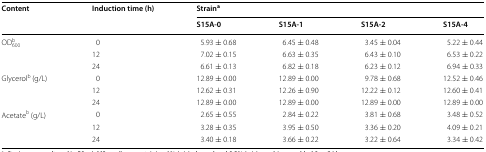
<table><thead><tr><td rowspan="2"><b>Content</b></td><td rowspan="2"><b>Induction time (h)</b></td><td colspan="4"><b>Strain<sup>a</sup></b></td></tr><tr><td><b>S15A-0</b></td><td><b>S15A-1</b></td><td><b>S15A-2</b></td><td><b>S15A-4</b></td></tr></thead><tbody><tr><td rowspan="3">OD<sub>600</sub><sup>b</sup></td><td>0</td><td>5.93 ± 0.68</td><td>6.45 ± 0.48</td><td>3.45 ± 0.04</td><td>5.22 ± 0.44</td></tr><tr><td>12</td><td>7.02 ± 0.15</td><td>6.63 ± 0.35</td><td>6.43 ± 0.10</td><td>6.53 ± 0.22</td></tr><tr><td>24</td><td>6.61 ± 0.13</td><td>6.82 ± 0.18</td><td>6.23 ± 0.12</td><td>6.94 ± 0.33</td></tr><tr><td rowspan="3">Glycerol<sup>b</sup> (g/L)</td><td>0</td><td>12.89 ± 0.00</td><td>12.89 ± 0.00</td><td>9.78 ± 0.68</td><td>12.52 ± 0.46</td></tr><tr><td>12</td><td>12.62 ± 0.31</td><td>12.26 ± 0.90</td><td>12.22 ± 0.12</td><td>12.60 ± 0.41</td></tr><tr><td>24</td><td>12.89 ± 0.00</td><td>12.89 ± 0.00</td><td>12.89 ± 0.00</td><td>12.89 ± 0.00</td></tr><tr><td rowspan="3">Acetate<sup>b</sup> (g/L)</td><td>0</td><td>2.65 ± 0.55</td><td>2.84 ± 0.22</td><td>3.81 ± 0.68</td><td>3.48 ± 0.52</td></tr><tr><td>12</td><td>3.28 ± 0.35</td><td>3.95 ± 0.50</td><td>3.36 ± 0.20</td><td>4.09 ± 0.21</td></tr><tr><td>24</td><td>3.40 ± 0.18</td><td>3.66 ± 0.22</td><td>3.22 ± 0.64</td><td>3.34 ± 0.42</td></tr></tbody></table>